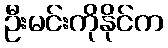
ဦးမင်းကိုနိုင်က